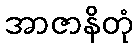
အာဇာနိတုံ